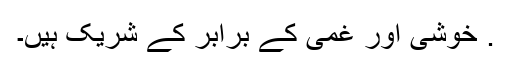
. خوشی اور غمی کے برابر کے شریک ہیں۔